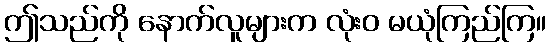
ဤသည်ကို နောက်လူများက လုံးဝ မယုံကြည်ကြ။